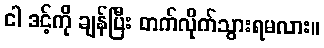
ငါ ဒင့်ကို ချန်ပြီး တက်လိုက်သွားရမလား။